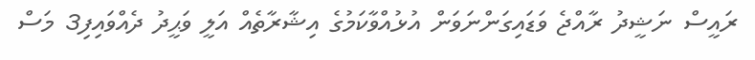
ރައީސް ނަޝީދު ރާއްޖެ ވަޑައިގަންނަވަން އުޅުއްވާކަމުގެ އިޝާރާތެއް އަލީ ވަޙީދު ދެއްވައިފި3 މަސް